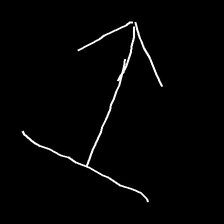
Glyph: levitation